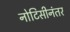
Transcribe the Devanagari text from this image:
नोटिसीनंतर